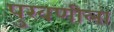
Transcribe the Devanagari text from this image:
पुरवणीला